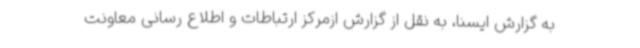
به گزارش ایسنا، به نقل از گزارش ازمرکز ارتباطات و اطلاع رسانی معاونت